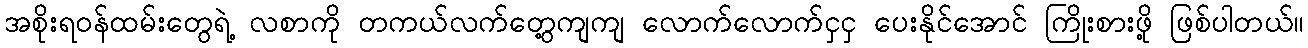
အစိုးရဝန်ထမ်းတွေရဲ့ လစာကို တကယ်လက်တွေ့ကျကျ လောက်လောက်ငှငှ ပေးနိုင်အောင် ကြိုးစားဖို့ ဖြစ်ပါတယ်။